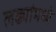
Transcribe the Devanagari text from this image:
लढ्यांमध्ये